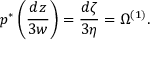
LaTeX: p ^ { * } \left( \frac { d z } { 3 w } \right) = \frac { d \zeta } { 3 \eta } = \Omega ^ { ( 1 ) } .